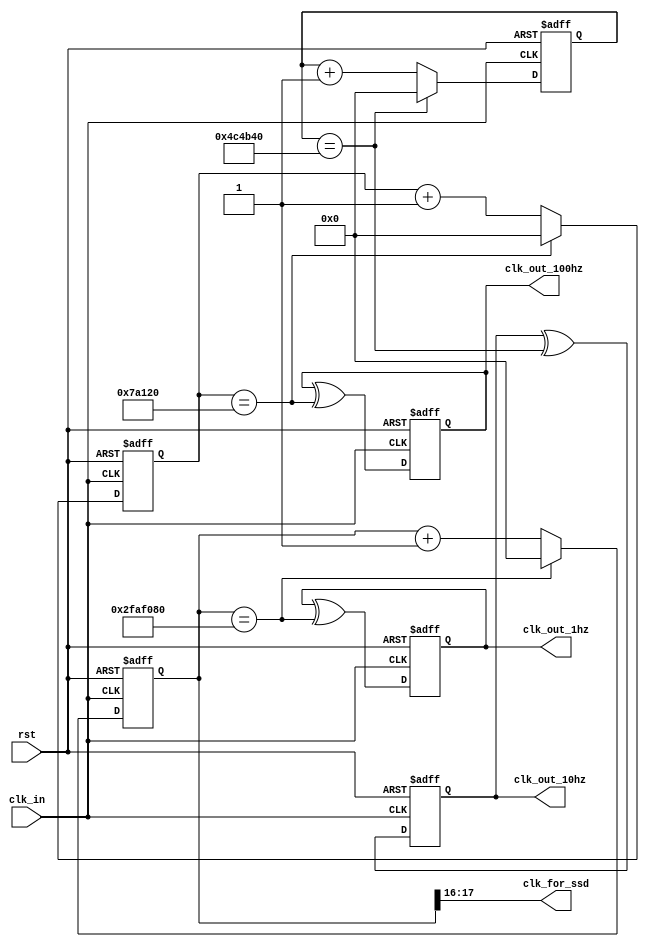
`timescale 1ns / 1ps
//////////////////////////////////////////////////////////////////////////////////
// Company: 
// Engineer: 
// 
// Design Name: 
// Module Name: frequency_divider_exact_1hz
// Project Name: 
// Target Devices: 
// Tool Versions: 
// Description: 
// 
// Dependencies: 
// 
// Revision:
// Revision 0.01 - File Created
// Additional Comments:
// 
//////////////////////////////////////////////////////////////////////////////////


module frequency_divider_exact_1hz(clk_in, rst, clk_out_1hz, clk_out_10hz, clk_out_100hz, clk_for_ssd);
    // a counter-for-50M requires  26 bit
    input clk_in, rst;  //low active reset
    output clk_out_1hz, clk_out_10hz, clk_out_100hz;
    output [1:0] clk_for_ssd;
    
    reg [25:0] p_temp;
    reg [25:0] p;
    reg [25:0] r_temp;
    reg [25:0] r;
    reg [25:0] q_temp;
    reg [25:0] q;
    
    reg clk_out_1hz;
    reg clk_out_10hz;
    reg clk_out_100hz;
    
    wire clk_out_1hz_next;
    wire clk_out_10hz_next;
    wire clk_out_100hz_next;
    
    reg [1:0] clk_for_ssd;
    
    assign clk_out_1hz_next = clk_out_1hz ^ (p == 26'd50000000);
    assign clk_out_10hz_next = clk_out_10hz ^ (r == 26'd5000000);
    assign clk_out_100hz_next = clk_out_100hz ^ (q == 26'd500000);
    
    always @* begin
        clk_for_ssd[0] = p[16];
        clk_for_ssd[1] = p[17];
    end
    
    always @* begin
        if(p == 26'd50000000) begin
            p_temp = 26'd0;
        end
        else begin
            p_temp = p + 1'b1;
        end
    end
    
    always @* begin
        if(r == 26'd5000000) begin
            r_temp = 26'd0;
        end
        else begin
            r_temp = r + 1'b1;
        end
    end
    
    always @* begin
        if(q == 26'd500000) begin
            q_temp = 26'd0;
        end
        else begin
            q_temp = q + 1'b1;
        end
    end
    
    always @(posedge clk_in or negedge rst) begin
        if(~rst) begin
            p <= 26'd0;
        end
        else begin
            p <= p_temp;
        end      
    end
    
    always @(posedge clk_in or negedge rst) begin
        if(~rst) begin
            r <= 26'd0;
        end
        else begin
            r <= r_temp;
        end      
    end
    
    always @(posedge clk_in or negedge rst) begin
        if(~rst) begin
            q <= 26'd0;
        end
        else begin
            q <= q_temp;
        end      
    end
    
    always @(posedge clk_in or negedge rst) begin
        if(~rst) begin
            clk_out_1hz <= 1'b0;
        end
        else begin
            clk_out_1hz <= clk_out_1hz_next;
        end
    end
    
    always @(posedge clk_in or negedge rst) begin
        if(~rst) begin
            clk_out_10hz <= 1'b0;
        end
        else begin
            clk_out_10hz <= clk_out_10hz_next;
        end
    end
    
    always @(posedge clk_in or negedge rst) begin
        if(~rst) begin
            clk_out_100hz <= 1'b0;
        end
        else begin
            clk_out_100hz <= clk_out_100hz_next;
        end
    end
    
endmodule